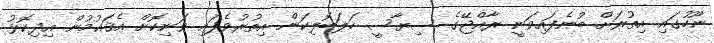
ނޫހުގައި އިތުރަށް ބުނެފައިވަނީ ރާއްޖޭގެ ސިޔާސީ ހަލަބޮލިކަން އިތުރުވެފައި ވަނިކޮށް އެޤައުމުން އިދިކޮޅު